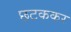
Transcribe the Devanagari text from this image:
छटककर